Indian journal of veterinary science and animal husbandry - Volumes 26-27, 1956-1957
Year: 1956
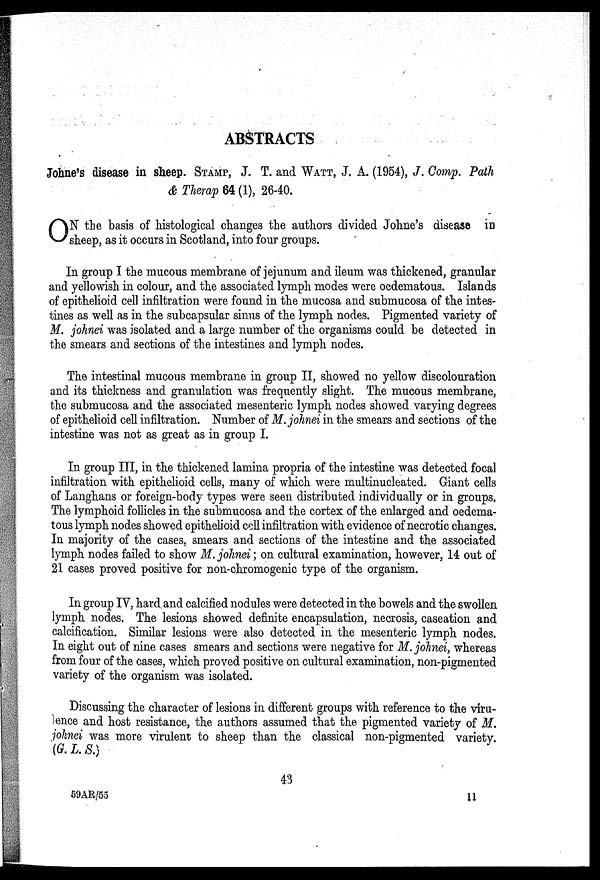
ABSTRACTS
Johne's disease in sheep. STAMP, J. T. and WATT, J. A. (1954), J. Comp. Path
& Therap 64 (1), 26-40.
O N the basis of histological changes the authors divided Johne's disease in
sheep, as it occurs in Scotland, into four groups.
In group I the mucous membrane of jejunum and ileum was thickened, granular
and yellowish in colour, and the associated lymph modes were oedematous. Islands
of epithelioid cell infiltration were found in the mucosa and submucosa of the intes-
tines as well as in the subcapsular sinus of the lymph nodes. Pigmented variety of
M. johnei was isolated and a large number of the organisms could be detected in
the smears and sections of the intestines and lymph nodes.
The intestinal mucous membrane in group II, showed no yellow discolouration
and its thickness and granulation was frequently slight. The mucous membrane,
the submucosa and the associated mesenteric lymph nodes showed varying degrees
of epithelioid cell infiltration. Number of M. johnei in the smears and sections of the
intestine was not as great as in group I.
In group III, in the thickened lamina propria of the intestine was detected focal
infiltration with epithelioid cells, many of which were multinucleated. Giant cells
of Langhans or foreign-body types were seen distributed individually or in groups.
The lymphoid follicles in the submucosa and the cortex of the enlarged and oedema-
tous lymph nodes showed epithelioid cell infiltration with evidence of necrotic changes.
In majority of the cases, smears and sections of the intestine and the associated
lymph nodes failed to show M. johnei ; on cultural examination, however, 14 out of
21 cases proved positive for non-chromogenic type of the organism.
In group IV, hard and calcified nodules were detected in the bowels and the swollen
lymph nodes. The lesions showed definite encapsulation, necrosis, caseation and
calcification. Similar lesions were also detected in the mesenteric lymph nodes.
In eight out of nine cases smears and sections were negative for M. johnei, whereas
from four of the cases, which proved positive on cultural examination, non-pigmented
variety of the organism was isolated.
Discussing the character of lesions in different groups with reference to the viru-
lence and host resistance, the authors assumed that the pigmented variety of M.
johnei was more virulent to sheep than the classical non-pigmented variety.
(G. L. S.)
43
59AR/55
11